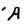
Character: A